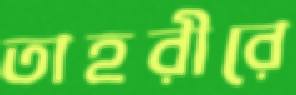
তাহরীরে